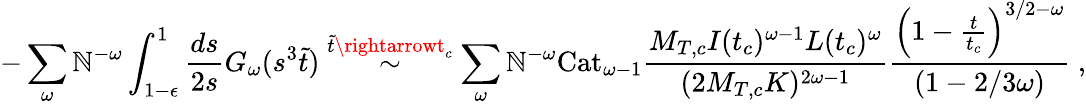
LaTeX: -\sum_{\omega}\mathbb{N}^{-\omega}\int_{1-\epsilon}^{1}\frac{{ds}}{{2s}}G_{\omega}(s^{3}\tilde{{t}})\stackrel{\tilde{{t}}\rightarrowt_{c}}{\sim}\sum_{\omega}\mathbb{N}^{-\omega}\mathrm{{Cat}}_{\omega-1}\frac{{M_{T,c}I(t_{c})^{\omega-1}L(t_{c})^{\omega}}}{{(2M_{T,c}K)^{2\omega-1}}}\frac{{\left(1-\frac{{t}}{{t_{c}}}\right)^{3/2-\omega}}}{{(1-2/3\omega)}}\mathrm{{~,}}